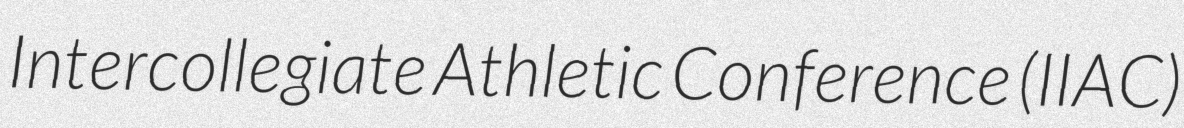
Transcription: Intercollegiate Athletic Conference (IIAC)